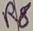
Text: R8